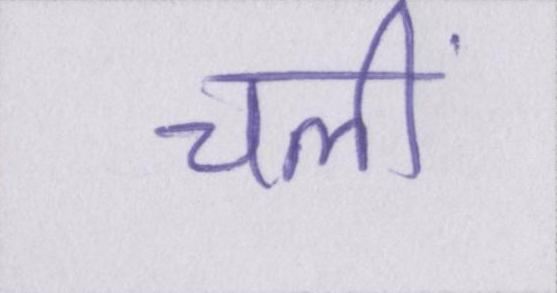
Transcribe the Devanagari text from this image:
चलीं